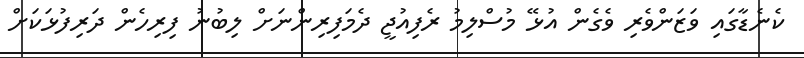
ކެނެޑާގައި ވަޒަންވެރި ވެގެން އުޅޭ މުސްލިމު ރެފިއުޖީ ދެމަފިރިންނަށް ލިބުނު ފިރިހެން ދަރިފުޅަކަށް